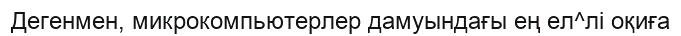
Дегенмен, микрокомпьютерлер дамуындағы ең ел^лі оқиға